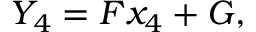
\begin{array} { r } { Y _ { 4 } = F x _ { 4 } + G , } \end{array}